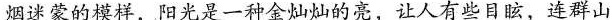
烟逛蒙的模样，阳光是一种金灿b的亮，让人有些目眩，连群山